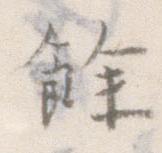
余